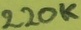
Text: 220K